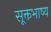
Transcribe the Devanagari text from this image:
सूक्तभाष्य